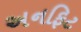
અનફિટ